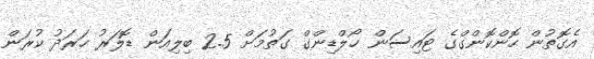
އެގޮތުން ހޮންކޮންގްގެ ޓައިސަން ހޯލްޑިންގް ގަތުމަށް 2.5 ބިލިއަން ޑޮލަރު ހަރަދު ކުރަން